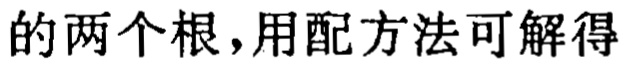
的两个根，用配方法可解得